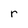
Character: r